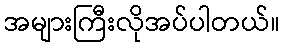
အများကြီးလိုအပ်ပါတယ်။